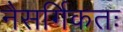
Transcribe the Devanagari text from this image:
नैसर्गिकतः